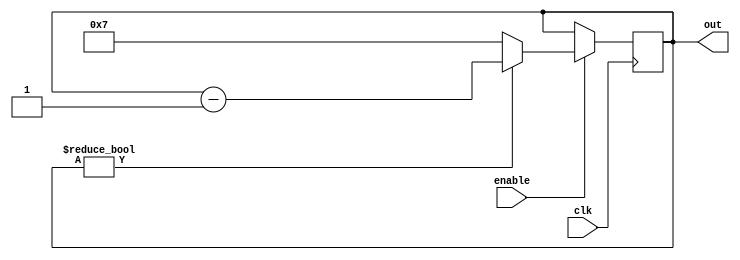
module modulo_N_down_counter (
  input wire clk,
  input wire enable,
  output reg [N-1:0] out
);

parameter N = 8;

always @(posedge clk) begin
  if (enable) begin
    if (out != 0) begin
      out <= out - 1;
    end else begin
      out <= N-1;
    end
  end
end

endmodule